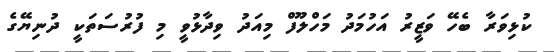
ކުޅިވަރާ ބެހޭ ވަޒީރު އަހުމަދު މަހްލޫފް މިއަދު ވިދާޅުވީ މި ފުރުސަތަކީ ދުނިޔޭގެ